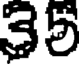
35